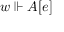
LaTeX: w \Vdash A [ e ]